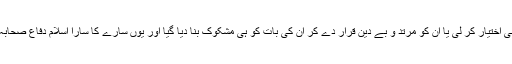
اہل علم اور اہل تقویٰ نے یا تو خاموشی اختیار کر لی یا ان کو مرتد و بے دین قرار دے کر ان کی بات کو ہی مشکوک بنا دیا گیا اور یوں سارے کا سارا اسلام دفاع صحابہ کے نام پر خون خرابے میں رہ گیا ۔